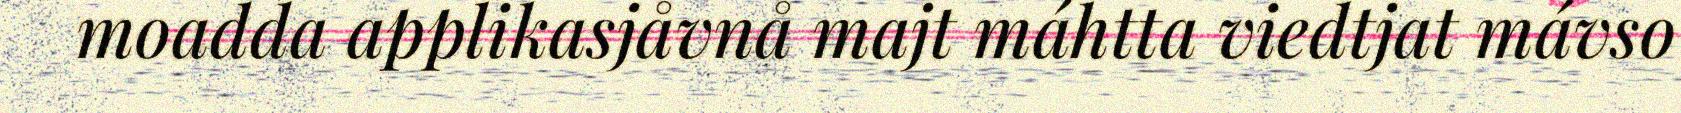
moadda applikasjåvnå majt máhtta viedtjat mávso